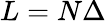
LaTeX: L=N\Delta